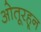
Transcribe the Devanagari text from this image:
ओतूरहून